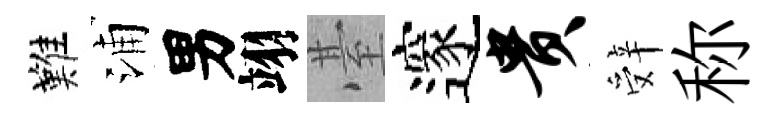
難浦男翊䑓邃贵辤称